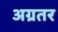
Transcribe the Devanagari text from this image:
अग्रतर